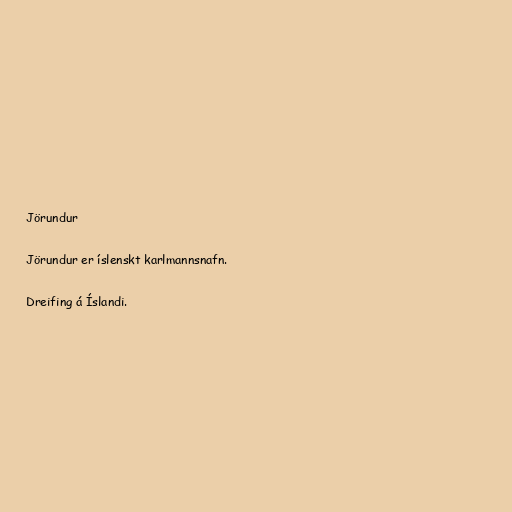
Jörundur

Jörundur er íslenskt karlmannsnafn.

Dreifing á Íslandi.